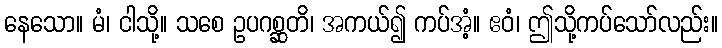
နေသော။ မံ၊ ငါသို့။ သစေ ဥပဂစ္ဆတိ၊ အကယ်၍ ကပ်အံ့။ ဧဝံ၊ ဤသို့ကပ်သော်လည်း။